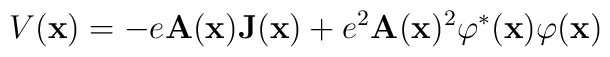
V({\bf x}) =-e {\bf A}({\bf x}){\bf J}({\bf x})+e^2{\bf A}({\bf x})^2\varphi^*({\bf x})\varphi({\bf x})